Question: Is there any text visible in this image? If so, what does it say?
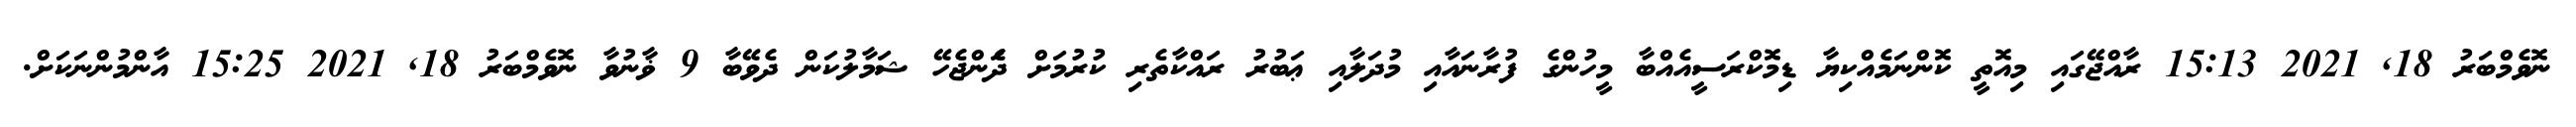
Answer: ނޮވެމްބަރު 18, 2021 15:13 ރާއްޖޭގައި މިއޮތީ ކޮންނަމެއްކިޔާ ޑިމޮކްރަސީއެއްބާ މީހުންގެ ފުރާނައާއި މުދަލާއި ޢަބުރު ރައްކާތެރި ކުރުމަށް ދަެންޖެހޭ ޝަމާލުކަން ދެވޭބާ 9 ޥާނުވާ ނޮވެމްބަރު 18, 2021 15:25 އާންމުންނަކަށް.